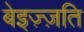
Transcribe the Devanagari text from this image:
बेइज़्ज़ति